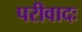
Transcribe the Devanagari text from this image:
परीवादः